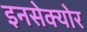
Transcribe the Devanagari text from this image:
इनसेक्योर